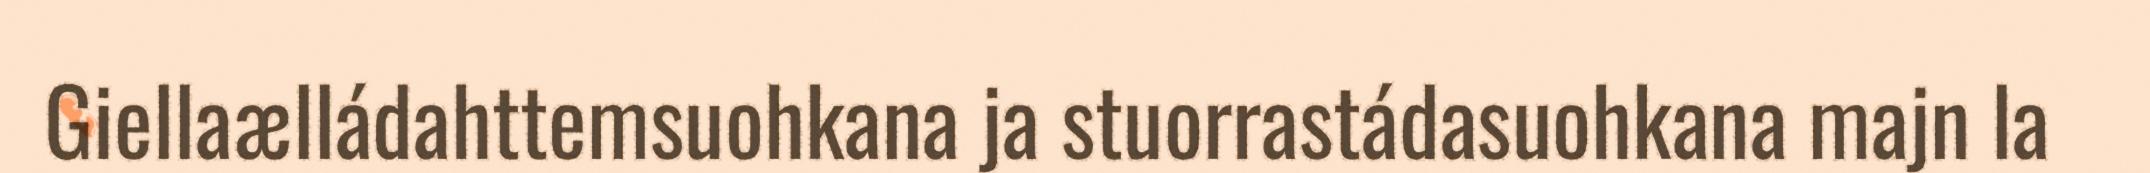
Giellaælládahttemsuohkana ja stuorrastádasuohkana majn la